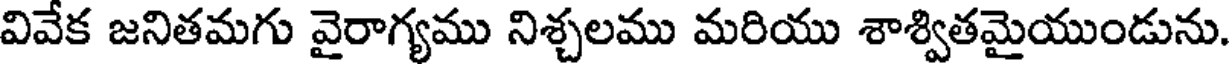
వివేక జనితమగు వైరాగ్యము నిశ్చలము మరియు శాశ్వితమైయుండును.